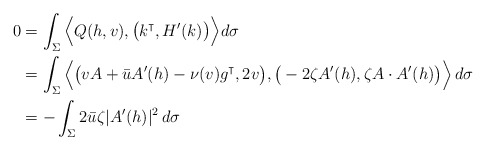
\begin{align*} 0 &= \int_\Sigma \Big \langle Q(h, v), \big( k^\intercal, H'(k) \big) \Big\rangle d\sigma\\ &= \int_\Sigma \Big \langle \big( vA + \bar u A'(h) - \nu (v) g^\intercal, 2v \big), \big( -2\zeta A'(h),\zeta A\cdot A'(h) \big) \Big\rangle\, d\sigma\\ &= -\int_\Sigma 2\bar u\zeta |A'(h)|^2 \, d\sigma\end{align*}